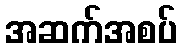
အဆက်အစပ်